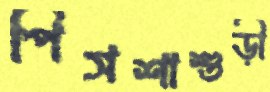
পিসশাশুড়ী